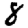
Digit: 8